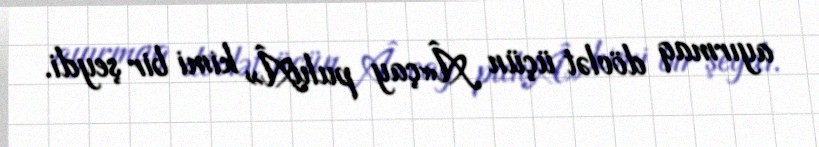
ayırmaq dövlət üçün Â«çay puluÂ» kimi bir şeydi.